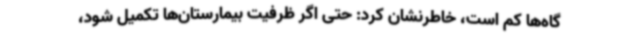
گاه‌ها کم است، خاطرنشان کرد: حتی اگر ظرفیت بیمارستان‌ها تکمیل شود،